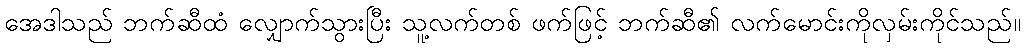
အေဒါသည် ဘက်ဆီထံ လျှောက်သွားပြီး သူ့လက်တစ် ဖက်ဖြင့် ဘက်ဆီ၏ လက်မောင်းကိုလှမ်းကိုင်သည်။